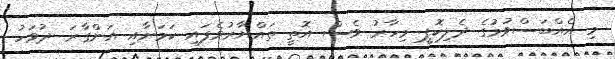
މި އެއްބަސްވުމުގެ ދެލިކޮޕީ މިހާރު ވެސް އޮތީ ތައްޔާރުވެފައި ކަމަށާއި އަންގާރަ ދުވަހު